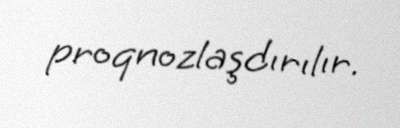
proqnozlaşdırılır.